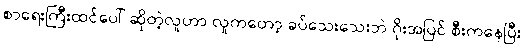
စာရေးကြီးထင်ပေါ် ဆိုတဲ့လူဟာ လူကတော့ ခပ်သေးသေးဘဲ ဂိုးအပြင် စီးကနေပြီး